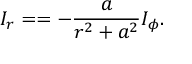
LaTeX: I _ { r } = = - \frac a { r ^ { 2 } + a ^ { 2 } } I _ { \phi } .